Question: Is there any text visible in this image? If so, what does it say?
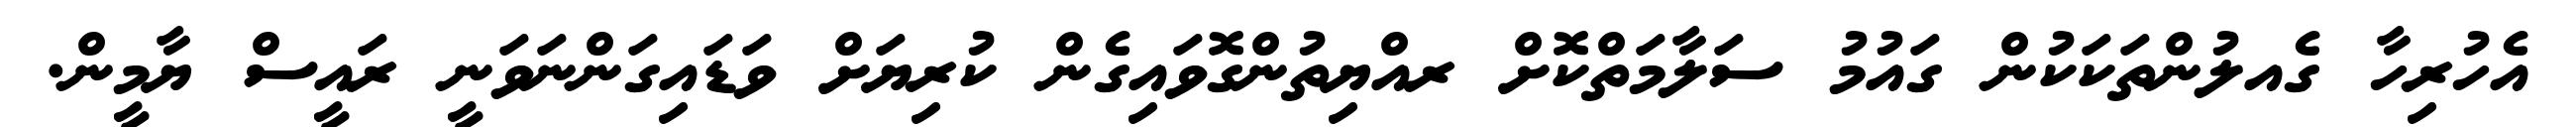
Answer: އެހުރިހާ ގެއލުންތަކަކުން ގައުމު ސަލާމަތްކޮށް ރއްޔިތުންގޮވައިގެން ކުރިޔަށް ވަޑައިގަންނަވަނީ ރައީސް ޔާމީން.